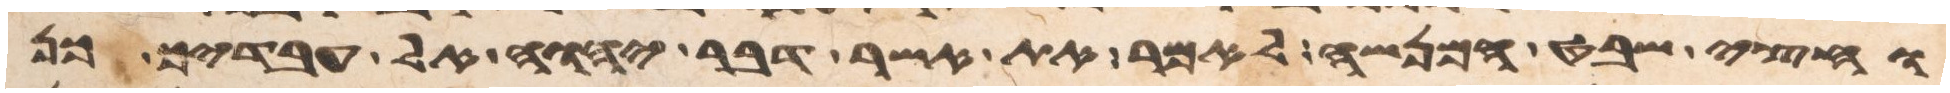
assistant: וחצי שבט המנשה לאמר את אשר דבר יהוה אל עבדיך כן